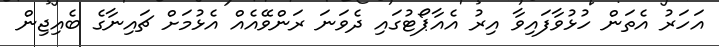
އަހަރު އެތަން ހުޅުވާފައިވާ އިރު އެއާޕޯޓުގައި ދެވަނަ ރަންވޭއެއް އެޅުމަށް ޗައިނާގެ ބެއިޖިން